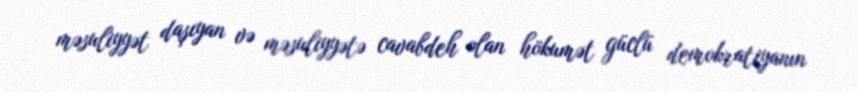
məsuliyyət daşıyan və məsuliyyətə cavabdeh olan hökumət güclü demokratiyanın